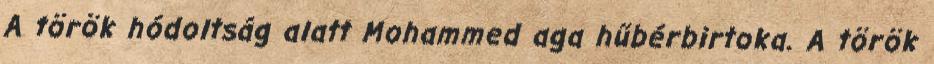
A török hódoltság alatt Mohammed aga hűbérbirtoka. A török